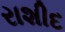
રાશીદ